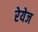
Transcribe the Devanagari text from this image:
रेयेज